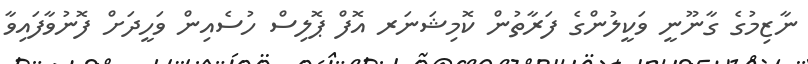
ނާޒިމުގެ ގާނޫނީ ވަކީލުންގެ ފަރާތުން ކޮމިޝަނަރ އޮފް ޕޮލިސް ހުސެއިން ވަހީދަށް ފޮނުވާފައިވާ